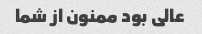
عالی بود ممنون از شما